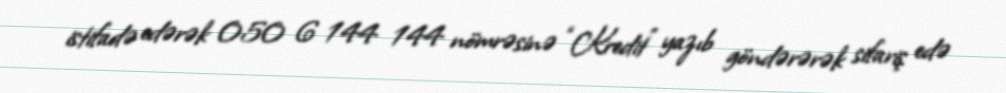
istifadə edərək 050 6 144 144 nömrəsinə “Kredit” yazıb göndərərək sifariş edə